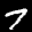
Label: 7